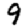
Digit: 9